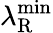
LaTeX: \lambda_{\mathrm{R}}^{\mathrm{min}}